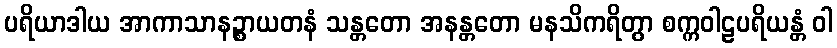
ပရိယာဒါယ အာကာသာနဉ္စာယတနံ သန္တတော အနန္တတော မနသိကရိတွာ စက္ကဝါဠပရိယန္တံ ဝါ